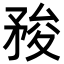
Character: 𥍬